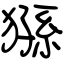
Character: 猻